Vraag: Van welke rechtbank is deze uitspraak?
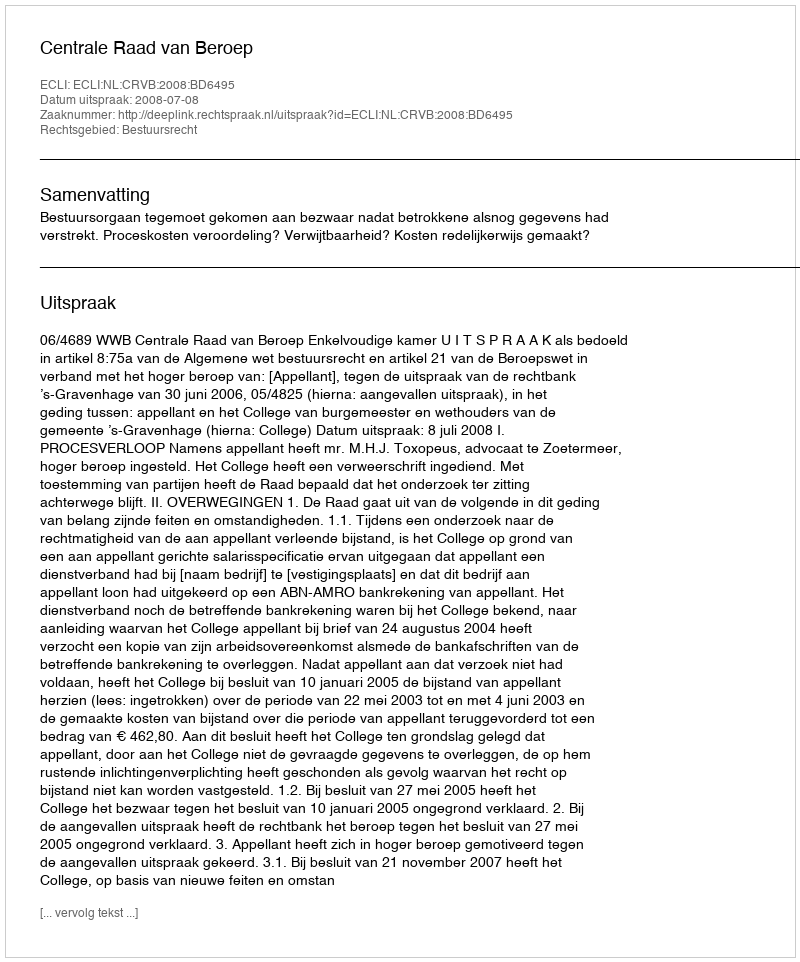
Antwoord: Centrale Raad van Beroep